Indian journal of veterinary science and animal husbandry - Volume 4,
Year: 1934
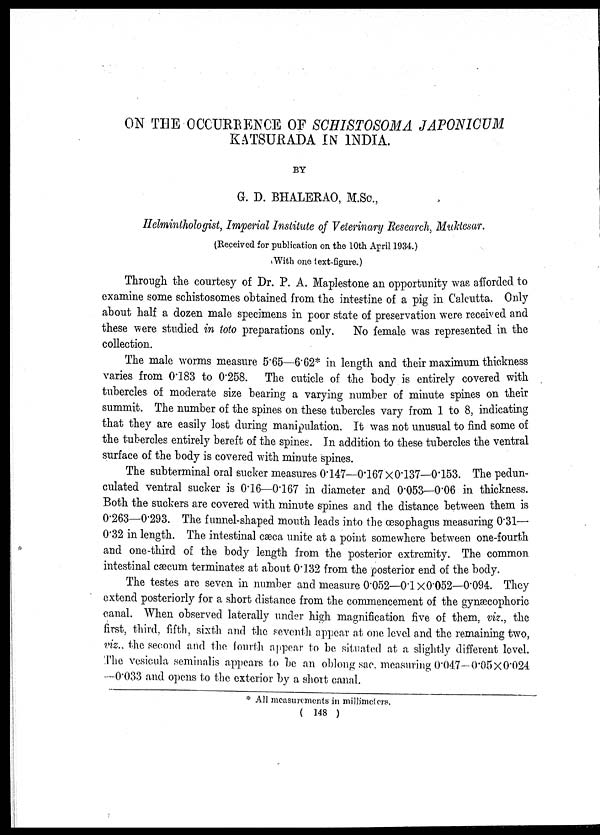
ON THE OCCURENCE OF SCHISTOSOMA JAPONICUM
KATSURADA IN INDIA.
BY
G. D. BHALERAO, M.Sc.,
Helminthologist, Imperial Institute of Veterinary Research, Muktesar.
(Received for publication on the 10th April 1934.)
With one text-figure.)
Through the courtesy of Dr. P. A. Maplestone an opportunity was afforded to
examine some schistosomes obtained from the intestine of a pig in Calcutta. Only
about half a dozen male specimens in poor state of preservation were received and
these were studied in toto preparations only. No female was represented in the
collection.
The male worms measure 5.65—6.62* in length and their maximum thickness
varies from 0.183 to 0.258. The cuticle of the body is entirely covered with
tubercles of moderate size bearing a varying number of minute spines on their
summit. The number of the spines on these tubercles vary from 1 to 8, indicating
that they are easily lost during manipulation. It was not unusual to find some of
the tubercles entirely bereft of the spines. In addition to these tubercles the ventral
surface of the body is covered with minute spines.
The subterminal oral sucker measures 0.147—0.167 × 0.137—0.153. The pedun-
culated ventral sucker is 0.16—0.167 in diameter and 0.053—0.06 in thickness.
Both the suckers are covered with minute spines and the distance between them is
0.263—0.293. The funnel-shaped mouth leads into the œsophagus measuring 0.31—
0.32 in length. The intestinal cæca unite at a point somewhere between one-fourth
and one-third of the body length from the posterior extremity. The common
intestinal cæcum terminates at about 0.132 from the posterior end of the body.
The testes are seven in number and measure 0.052—0.1 × 0.052—0.094. They
extend posteriorly for a short distance from the commencement of the gynæcophoric
canal. When observed laterally under high magnification five of them, viz., the
first, third, fifth, sixth and the seventh appear at one level and the remaining two,
viz., the second and the fourth appear to be situated at a slightly different level.
The vesicula seminalis appears to be an oblong sac, measuring 0.047—0.05 × 0.024
—0.033 and opens to the exterior by a short canal.
* All measurements in millimeters.
( 148 )